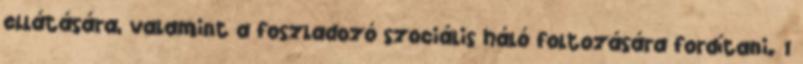
ellátására, valamint a foszladozó szociális háló foltozására fordítani. 1